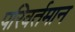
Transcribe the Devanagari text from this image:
परिवर्तमान